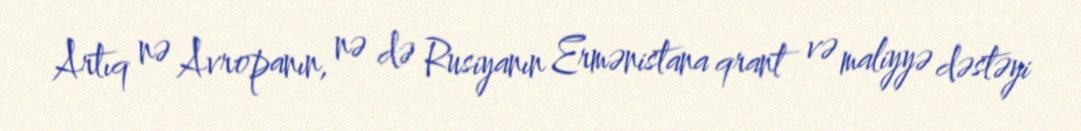
Artıq nə Avropanın, nə də Rusiyanın Ermənistana qrant və maliyyə dəstəyi